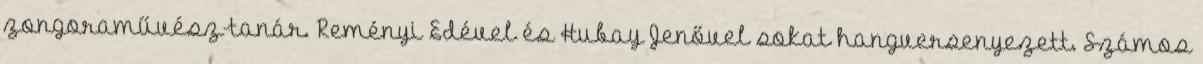
zongoraművész-tanár. Reményi Edével és Hubay Jenővel sokat hangversenyezett. Számos